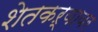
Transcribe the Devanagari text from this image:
शेतकऱ्यावर